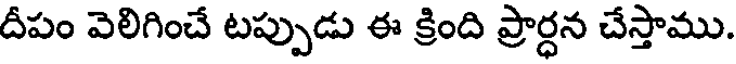
దీపం వెలిగించే టప్పుడు ఈ క్రింది ప్రార్ధన చేస్తాము.